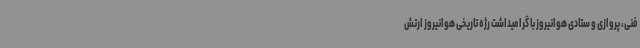
فنی، پروازی و ستادی هوانیروز با گرامیداشت رژه تاریخی هوانیروز ارتش